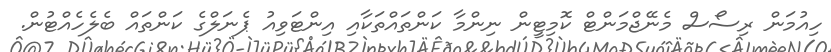
ހިއުމަން ރިސޯސް މެނޭޖްމަންޓް ކޮމިޓީން ނިންމާ ކަންތައްތަކާއި އިންޓަވިއު ޕެނަލްގެ ކަންތައް ބެލެހެއްޓުން.